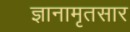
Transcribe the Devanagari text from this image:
ज्ञानामृतसार